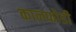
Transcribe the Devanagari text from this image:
कानफोडी